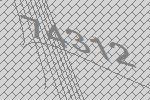
74312